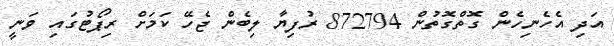
އަދި އެހެނިހެން ގޮތްގޮތުން 872794 ރުފިޔާ ލިބެން ޖެހޭ ކަމަށް ރިޕޯޓުގައި ވަނީ